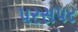
પરસપર